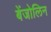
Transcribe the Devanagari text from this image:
बेंजोलिन